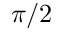
\pi / 2